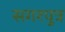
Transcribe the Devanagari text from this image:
सगरपुत्र